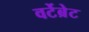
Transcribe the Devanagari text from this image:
वर्टेब्रेट